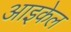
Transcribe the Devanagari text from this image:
आइकेल